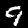
Digit: 9